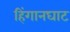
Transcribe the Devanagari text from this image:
हिंगानघाट